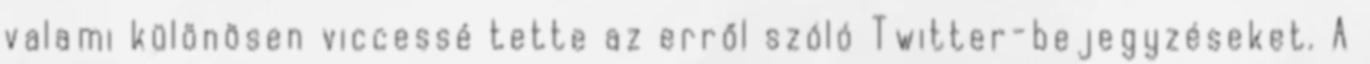
valami különösen viccessé tette az erről szóló Twitter-bejegyzéseket. A